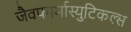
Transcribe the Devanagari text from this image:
जैवफार्मास्युटिकल्स